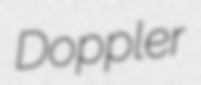
Doppler